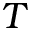
T